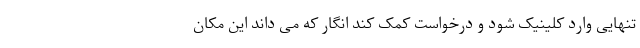
تنهایی وارد کلینیک شود و درخواست کمک کند انگار که می داند این مکان